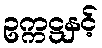
ဥက္ကဋ္ဌနှင့်